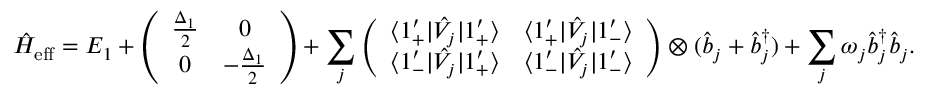
\hat { H } _ { \mathrm { e f f } } = E _ { 1 } + \left( \begin{array} { c c } { \frac { \Delta _ { 1 } } { 2 } } & { 0 } \\ { 0 } & { - \frac { \Delta _ { 1 } } { 2 } } \end{array} \right) + \sum _ { j } \left( \begin{array} { c c } { \langle 1 _ { + } ^ { \prime } | \hat { V } _ { j } | 1 _ { + } ^ { \prime } \rangle } & { \langle 1 _ { + } ^ { \prime } | \hat { V } _ { j } | 1 _ { - } ^ { \prime } \rangle } \\ { \langle 1 _ { - } ^ { \prime } | \hat { V } _ { j } | 1 _ { + } ^ { \prime } \rangle } & { \langle 1 _ { - } ^ { \prime } | \hat { V } _ { j } | 1 _ { - } ^ { \prime } \rangle } \end{array} \right) \otimes ( \hat { b } _ { j } + \hat { b } _ { j } ^ { \dagger } ) + \sum _ { j } \omega _ { j } \hat { b } _ { j } ^ { \dagger } \hat { b } _ { j } .